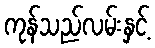
ကုန်သည်လမ်းနှင့်